Punjab Mental Hospital Lahore 1922-31 - 1922-1931
Year: 1922
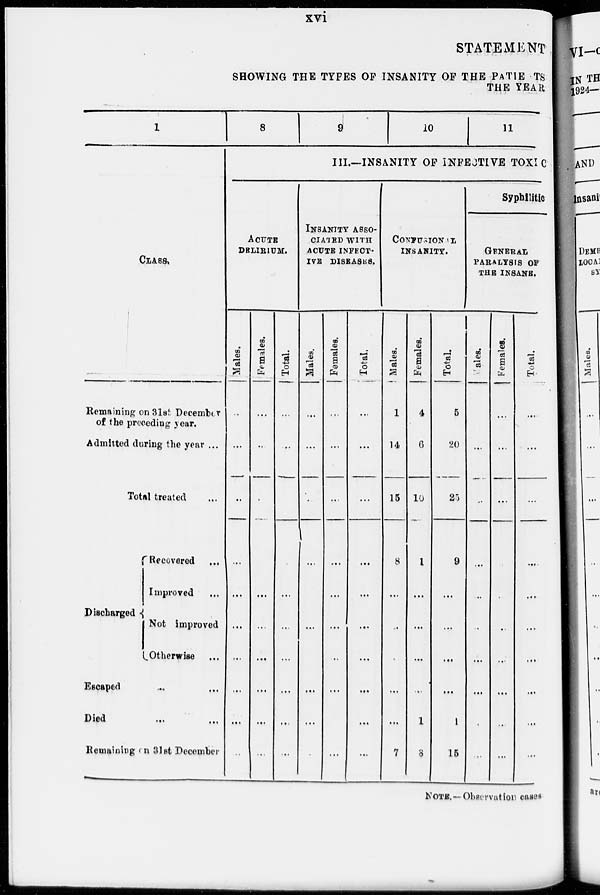
xvi
STATEMENT
SHOWING THE TYPES OF INSANITY OF THE PATIE TS
THE YEAR
1
CLASS.
Remaining on 31st December
of the preceding year.
Admitted during the year ...
Total treated ....
Discharged
Recovered
Improved
Not improved
Otherwise
Escaped ... ...
Died ... ...
Remaining on 31st December
8
ACUTE
DELIRIUM.
Males.
...
...
...
...
...
...
...
...
...
...
Females.
...
...
...
...
...
...
...
...
...
...
Total.
...
...
...
...
...
...
...
...
...
,..
9
10
11
III.—INSANITY OF INFECTIVE TOXIC
INSANITY ASSO-
------ WITH
ACUTE INFECT-
---
DISEASES.
Males.
...
...
...
...
...
...
...
...
...
...
Females.
...
...
...
...
...
...
...
...
...
...
Total.
...
...
...
...
...
...
...
...
...
...
CONFUSIONAL
INSANITY.
Males.
1
14
15
8
...
...
...
...
...
7
Females.
4
6
10
1
...
...
...
...
1
8
Total.
5
20
25
9
...
...
...
...
1
15
Syphilitic
GENERAL
PARALYSIS OF
THE INSANE.
Males.
...
...
...
..
...
...
...
...
...
Females.
...
...
...
...
...
...
...
...
...
...
Total.
...
...
...
...
...
...
...
...
...
...
NOTE.— Observation cases